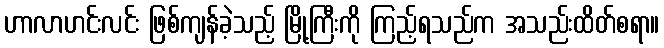
ဟာလာဟင်းလင်း ဖြစ်ကျန်ခဲ့သည့် မြို့ကြီးကို ကြည့်ရသည်က အသည်းထိတ်စရာ။